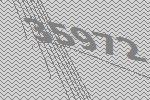
35972